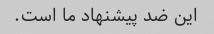
این ضد پیشنهاد ما است.